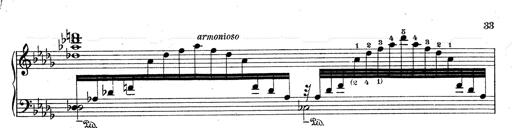
Title: 3 Ã‰tudes de concert
Composer: Franz Liszt